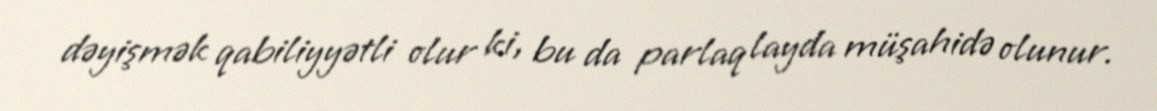
dəyişmək qabiliyyətli olur ki, bu da parlaq layda müşahidə olunur.